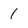
Character: 1